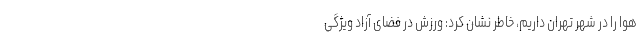
هوا را در شهر تهران داریم، خاطر نشان کرد: ورزش در فضای آزاد ویژگی